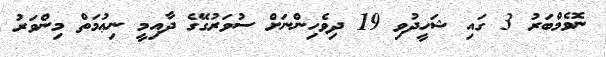
ނޮވެމްބަރު 3 ގައި ޝަހީދުވި 19 ދިވެހިންނަށް ސުވަރުގޭގެ ދާއިމީ ނިޢުމަތް މިންވަރު